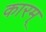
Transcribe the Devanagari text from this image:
कारम्